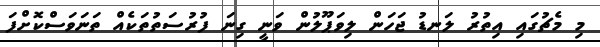
މި މެޗުގައި އިތުރު ލަނޑު ޖަހަން ލިވަޕޫލުން ވަނީ ގިނަ ފުރުސަތުތަކެއް ތަނަވަސްކޮށްފަ